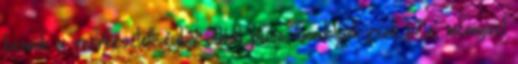
bennük a szerkesztettségből adódó plusz. Gondoljunk csak bele, mennyivel